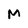
Character: M